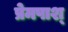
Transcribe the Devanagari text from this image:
प्रेमपाश्